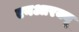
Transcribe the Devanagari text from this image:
एनआरक्यू